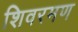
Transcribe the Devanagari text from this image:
शिवरमण